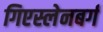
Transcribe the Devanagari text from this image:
गिएस्लेनबर्ग